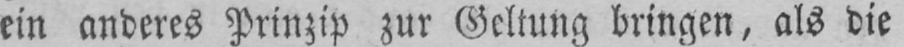
ein anderes Prinzip zur Geltung bringen, als die